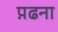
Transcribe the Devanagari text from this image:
प़ढना